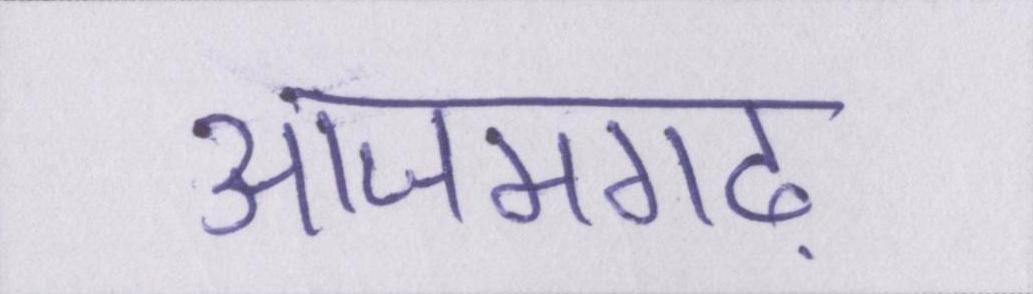
आजमगढ़